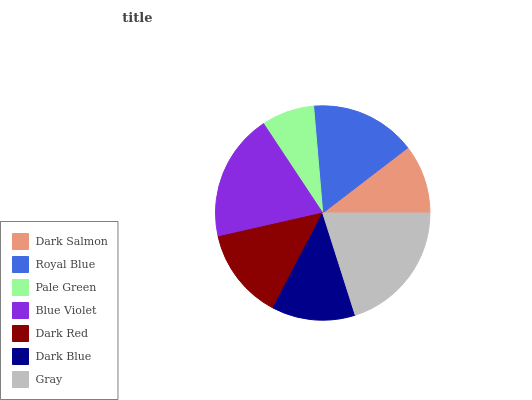
| Dark Salmon | Royal Blue | Pale Green | Blue Violet | Dark Red | Dark Blue | Gray |
 | --- | --- | --- | --- | --- | --- | --- |
 | 10.4% | 15.9% | 7.96% | 19.3% | 13.8% | 12.6% | 20.1% |